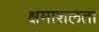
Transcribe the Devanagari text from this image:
क्षमाशलता